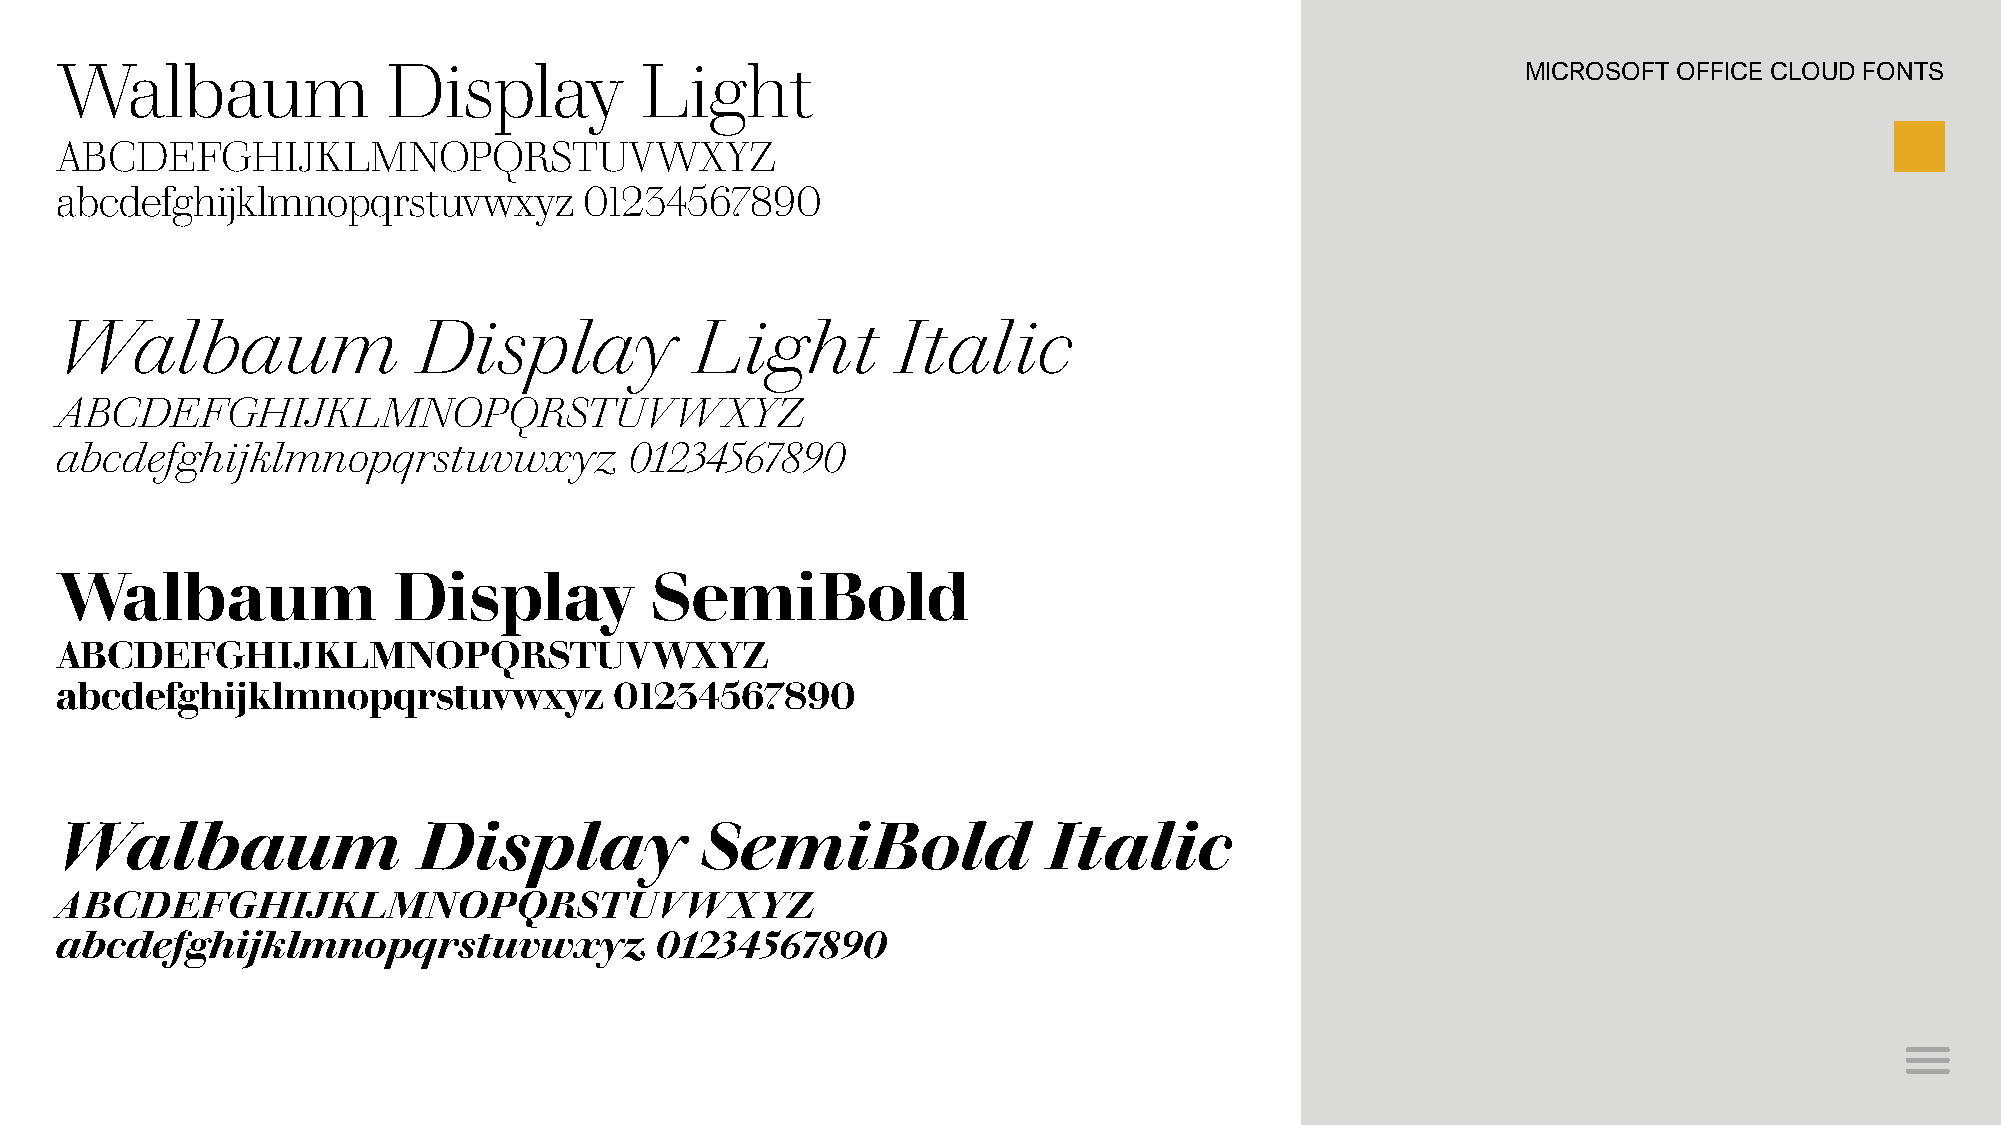
Walbaum               Display         Light                                                      MICROSOFT OFFICE CLOUD FONTS
 ABCDEFGHIJKLMNOPQRSTUVWXYZ
 abcdefghijklmnopqrstuvwxyz         01234567890
 Walbaum                 Display           Light        Italic
 ABCDEFGHIJKLMNOPQRSTUVWXYZ
 abcdefghijklmnopqrstuvwxyz            01234567890
 Walbaum               Display          SemiBold
 ABCDEFGHIJKLMNOPQRSTUVWXYZ
 abcdefghijklmnopqrstuvwxyz           01234567890
 Walbaum                 Display           SemiBold               Italic
 ABCDEFGHIJKLMNOPQRSTUVWXYZ
 abcdefghijklmnopqrstuvwxyz             01234567890